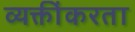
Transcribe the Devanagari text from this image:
व्यक्तींकरता